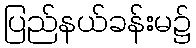
ပြည်နယ်ခန်းမ၌